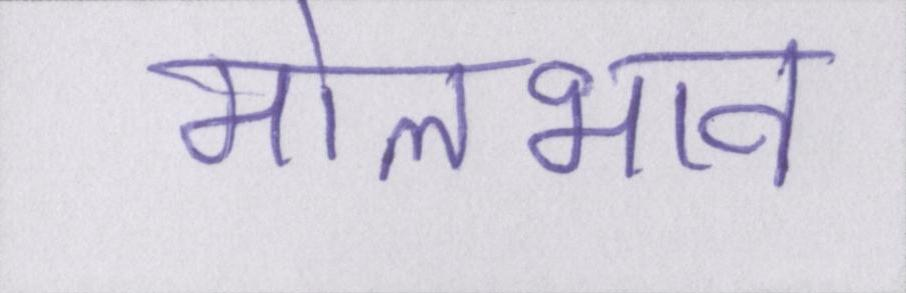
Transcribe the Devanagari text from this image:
मोलभाव